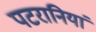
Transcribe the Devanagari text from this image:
पटरानियां